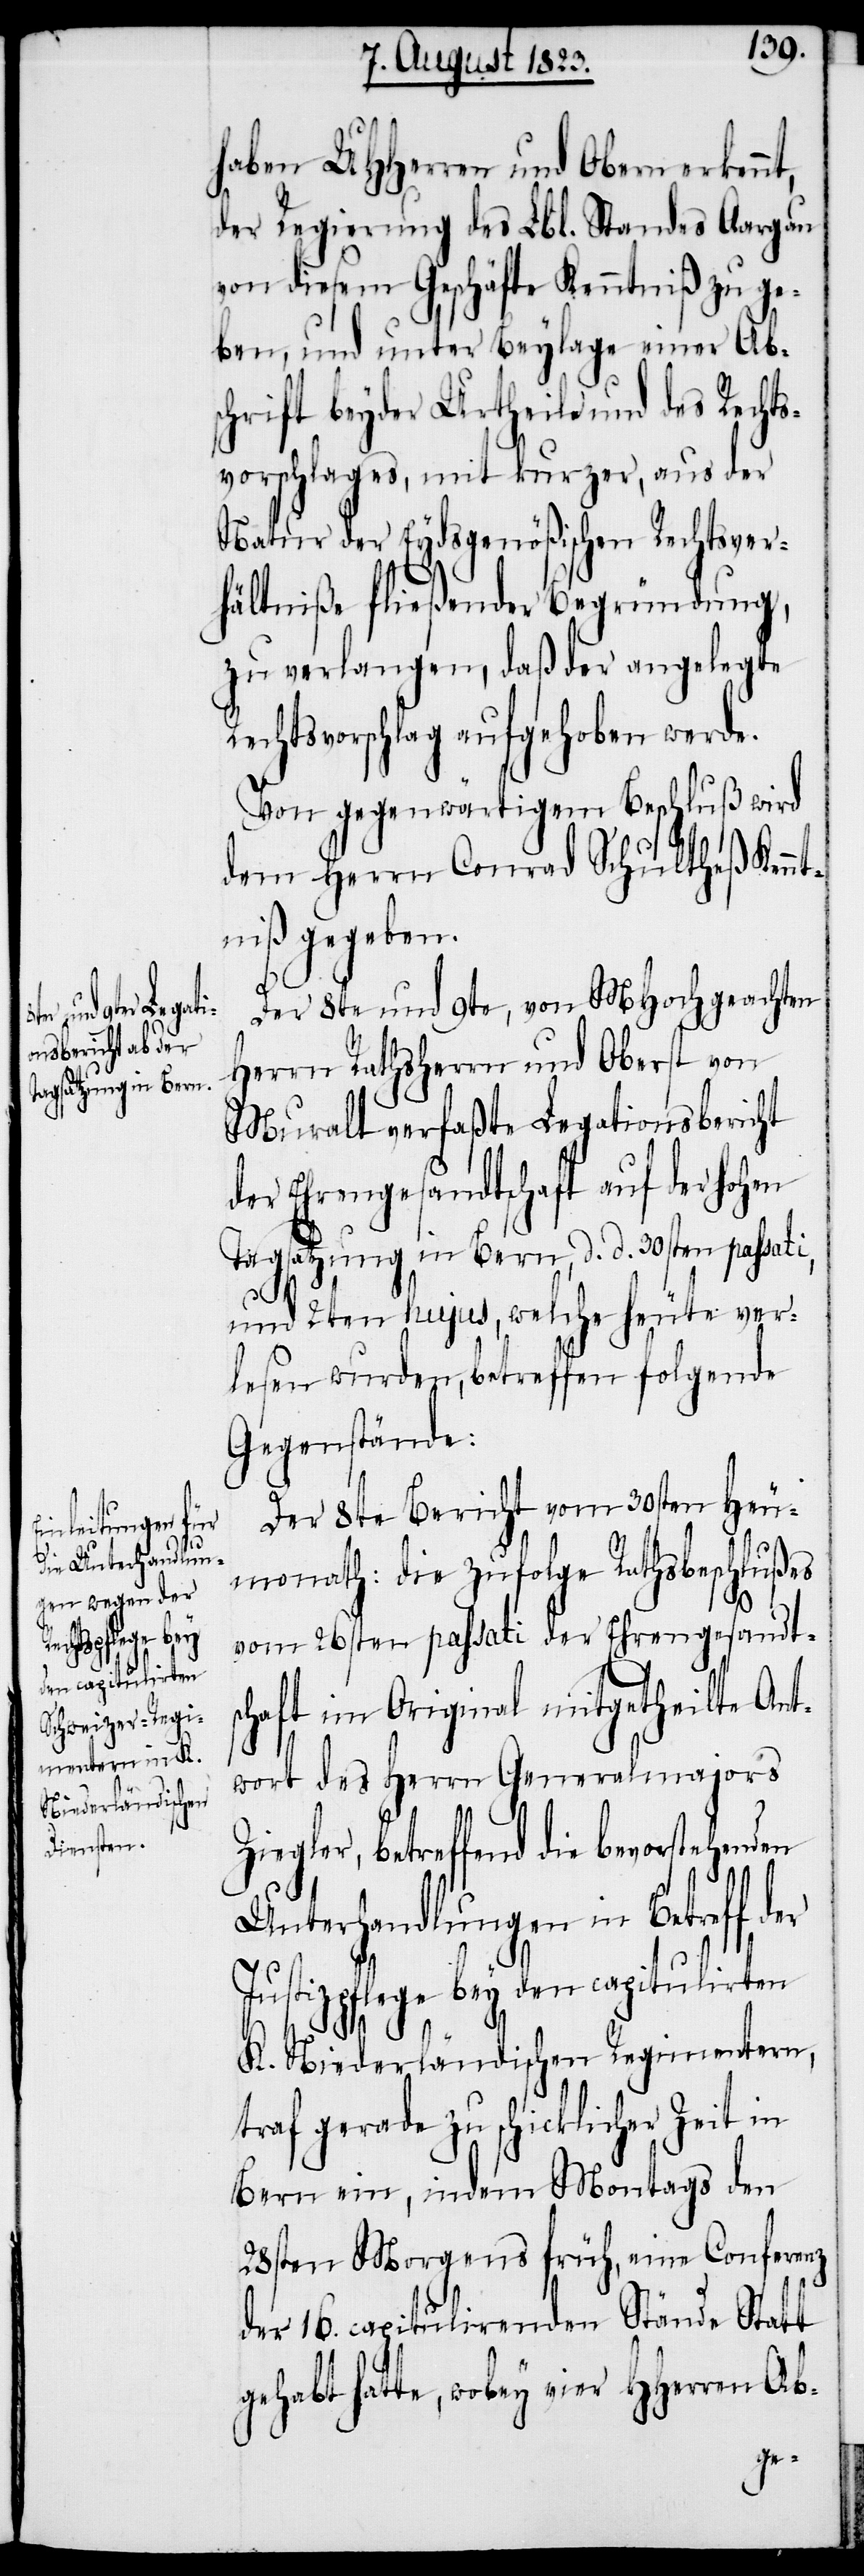
Ziegler, b¬
bevorstehenden

haben UHHerren und Obern erkennt,
der Regierung des Lbl. Standes Aargau
von diesem Geschäfte Kenntniß zu ge¬
ben, und unter Beylage einer Abs¬
chrift beyder Urtheile und des Rechts¬
vorschlages, mit kurzer, aus der
Natur der Eydsgenößischen Rechtsver¬
hältniße fließender Begründung,
zu verlangen, daß der angelegte
Rechtsvorschlag aufgehoben werde.
Von gegenwärtigem Beschluß wird
dem Herrn Conrad Schultheß Kennt¬
niß gegeben.
Der 8te und 9te, von MHochgeachten
Herrn Rathsherrn und Oberst von
Muralt verfaßte Legationsbericht
der Ehrengesandtschaft auf der hohen
Tagsatzung in Bern, d. d. 30sten passati,
und 2ten hujus, welche heute ver¬
lesen wurden, betreffen folgende
Gegenstände:
Der 8te Bericht vom 30sten Heu¬
monath: die zufolge Rathsbeschlußes
vom 26sten passati der Ehrengesandts¬
chaft im Original mitgetheilte Ant¬
wort des Herrn Generalmajors
Unterhandlungen in Betreff der
Justizpflege bey den capitulirten
K. Niederländischen Regimentern,
traf gerade zu schicklicher Zeit in
Bern ein, indem Montags den
28sten Morgens früh, eine Conferenz
der 16. capitulirenden Stände Statt
gehabt hatte, wobey vier HHerren Ab-